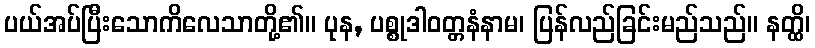
ပယ်အပ်ပြီးသောကိလေသာတို့၏။ ပုန, ပစ္စုဒါဝတ္တနံနာမ၊ ပြန်လည်ခြင်းမည်သည်။ နတ္ထိ၊